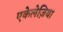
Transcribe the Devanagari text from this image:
एकेलेज़िया